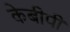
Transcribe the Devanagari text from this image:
केबीपी